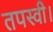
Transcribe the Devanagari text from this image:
तपस्वी।